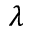
\lambda